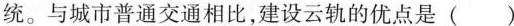
统。与城市普通交通相比,建设云轨的优点是( )